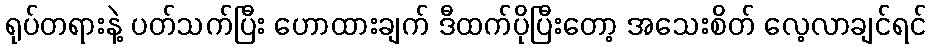
ရုပ်တရားနဲ့ ပတ်သက်ပြီး ဟောထားချက် ဒီထက်ပိုပြီးတော့ အသေးစိတ် လေ့လာချင်ရင်